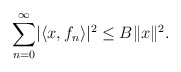
\begin{align*}\sum_{n=0}^{\infty}\lvert\langle x,f_n\rangle\rvert^2\leq B\lVert x\rVert^2.\end{align*}